Civil Veterinary Dept. Bombay admin report 1893-99 - 1893-1899
Year: 1893
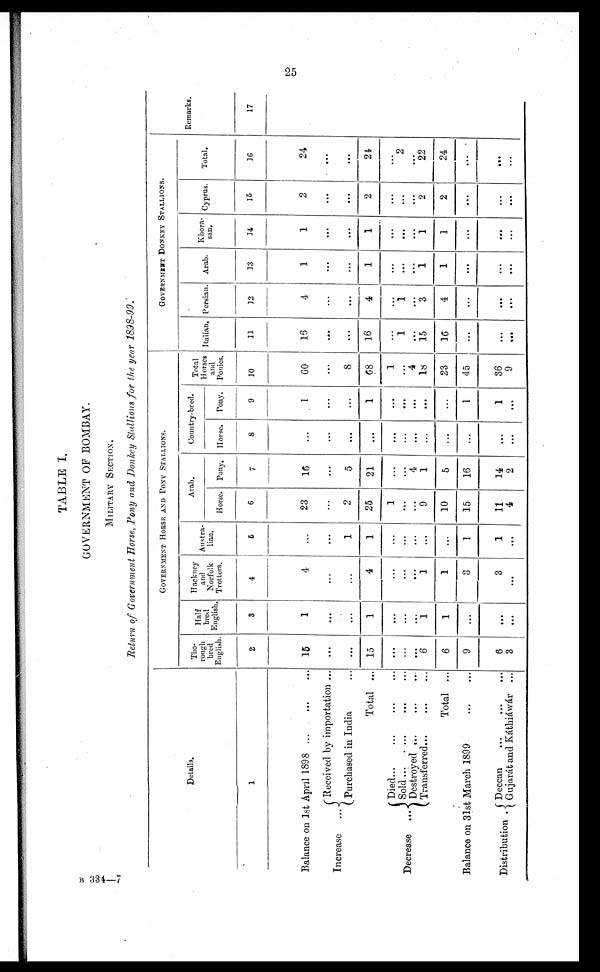
25
TABLE I.
GOVERNMENT OF BOMBAY.
MILITARY SECTION.
Return of Government Horse, Pony and Donkey Stallions for the year 1898-99.
Details.
1
Balance on 1st April 1898
...
...
...
Increase
...
Decrease ...
Received by importation ...
Purchase in India ...
Total ...
Died ... ... ... ...
Sold ... ... ... ...
Destroyed ... ... ...
Transferred ... ... ...
Total ...
Balance on 31st March 1899
...
...
Distribution ...
Deccan ... ... ...
Gujarát and Káthiáwár ...
GOVERNMENT HORSE AND PONY STALLIONS.
Tho-
rough
bred
English.
2
15
...
...
15
...
...
...
6
6
9
6
3
Half
bred
English.
3
1
...
...
1
...
...
...
1
1
...
...
...
Haekney
and
Norfolk
Trotters.
4
4
...
...
4
...
...
...
1
1
3
3
...
Austra-
lian.
5
...
...
1
1
...
...
...
...
...
1
1
...
Arab.
Horse.
6
23
...
2
25
1
...
4
9
10
15
11
4
Pony.
7
16
...
5
21
...
...
...
1
5
16
14
2
Country-bred.
Horse.
8
...
...
...
...
...
...
...
...
...
...
... ...
Pony.
9
1
...
...
1
...
...
4
...
...
1
1
...
Total
Horses
and
Ponies.
10
60
...
8
68
1
...
...
18
23
45
36
9
GOVERNMENT DONKEY STALLIONS.
Italian.
11
16
...
...
16
...
1
...
15
16
...
...
...
Persian.
12
4
...
...
4
...
1
...
3
4
...
...
...
Arab.
13
1
...
...
1
...
...
...
1
1
...
...
...
Khora-san.
14
1
...
...
1
...
...
...
1
1
...
...
...
Cyprus.
15
2
...
...
2
...
...
...
2
2
...
...
...
Total.
16
24
...
...
21
...
2
...
22
24
...
...
...
Remarks.
17
B 334—7